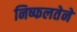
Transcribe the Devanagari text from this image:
निष्फलतेने